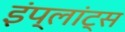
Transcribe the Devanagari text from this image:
इंप्लांट्स